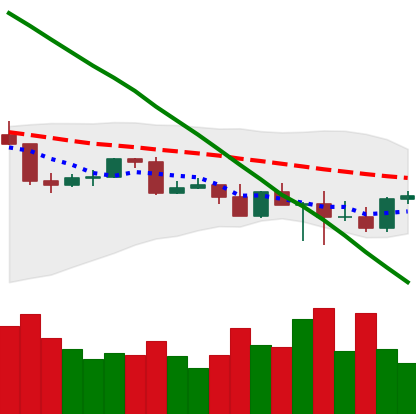
Ticker: TRX-USD
Chart end date: 2022-03-01
Forward return: -5.159%
Label: down_5_7